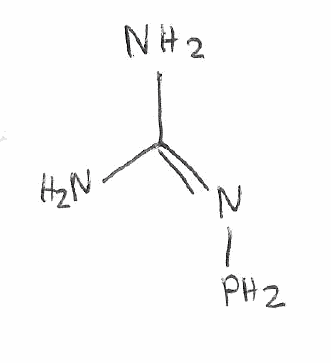
Simplified molecular-input line-entry system (SMILES) notation of the given molecule:
C(=NP)(N)N